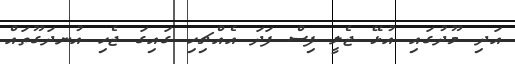
އަދި މޫދުގައި އުޅޭ ޖެލީ ފިސް ފަދަ އެއްޗިހި ގައިގަ ޖެހި އުނދަގޫތައް